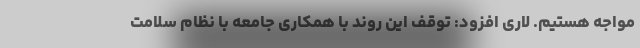
مواجه هستیم. لاری افزود: توقف این روند با همکاری جامعه با نظام سلامت